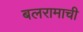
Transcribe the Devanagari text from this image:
बलरामाची